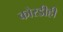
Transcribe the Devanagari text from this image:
कोरडीही